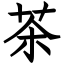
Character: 茶